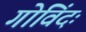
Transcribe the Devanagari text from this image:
गोविंदः